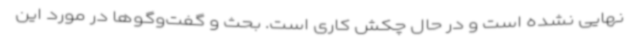
نهایی نشده است و در حال چکش کاری است. بحث و گفت‌وگوها در مورد این